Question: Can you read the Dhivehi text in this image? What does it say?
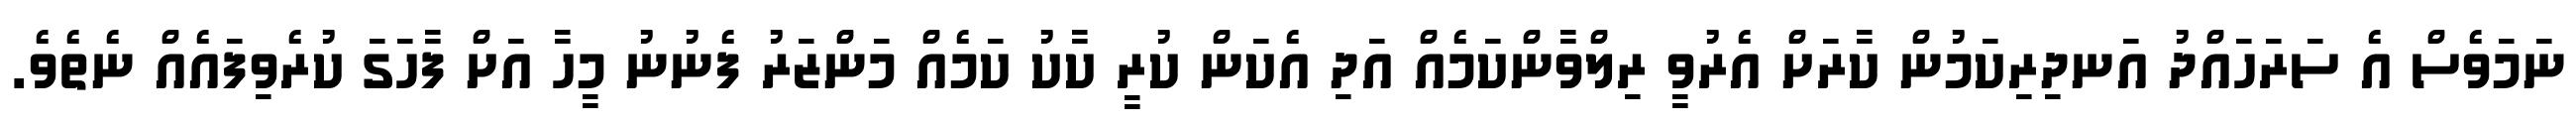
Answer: ނަމަވެސް އެ ސަރަހައްދު އަނދިރިކަމުން ކާރަށް އެރުވީ ރިލްވާންކަމެއް އަދި އެކަން ކުރީ ކާކު ކަމެއް މަންޒަރު ފެނުނު މީހާ އަށް ފާހަގަ ކުރެވިފައެއް ނެތެވެ.